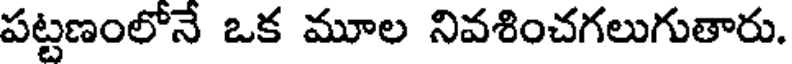
పట్టణంలోనే ఒక మూల నివశించగలుగుతారు.